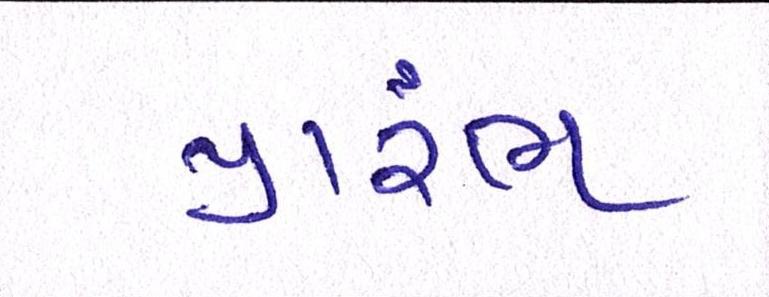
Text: પ્રારંભ